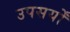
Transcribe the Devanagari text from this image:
उपसर्यों